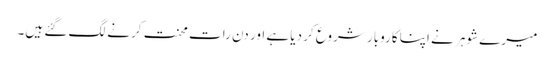
میرے شوہر نے اپنا کاروبار شروع کر دیا ہے اور دن رات محنت کرنے لگ گئے ہیں۔